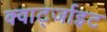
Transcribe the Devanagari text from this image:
क्वार्ट्जाइट